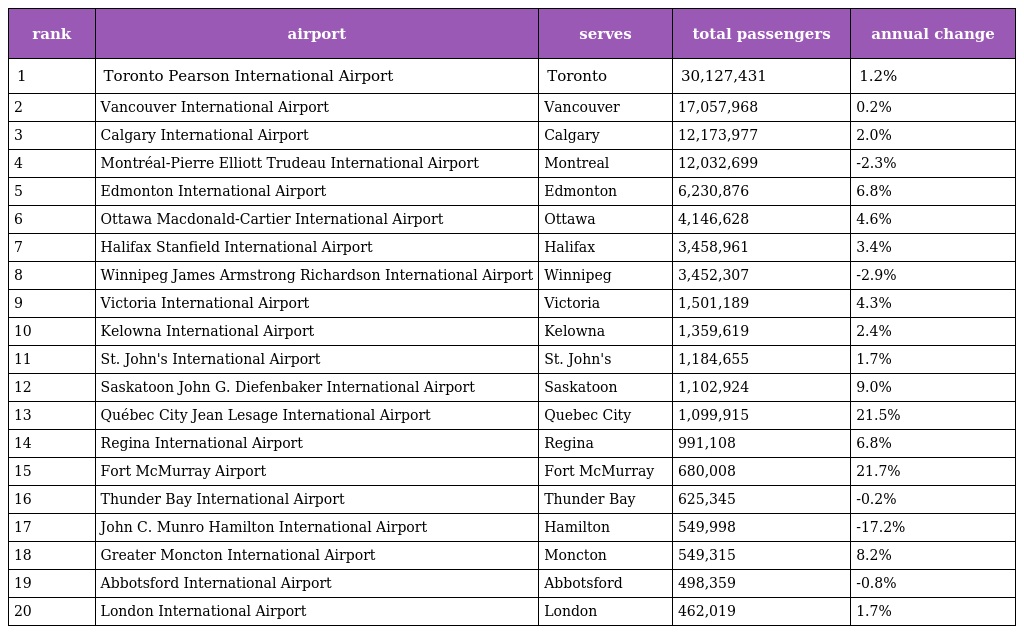
| rank | airport | serves | total passengers | annual change |
 | --- | --- | --- | --- | --- |
 | 1 | Toronto Pearson International Airport | Toronto | 30,127,431 | 1.2% |
 | 2 | Vancouver International Airport | Vancouver | 17,057,968 | 0.2% |
 | 3 | Calgary International Airport | Calgary | 12,173,977 | 2.0% |
 | 4 | Montréal-Pierre Elliott Trudeau International Airport | Montreal | 12,032,699 | -2.3% |
 | 5 | Edmonton International Airport | Edmonton | 6,230,876 | 6.8% |
 | 6 | Ottawa Macdonald-Cartier International Airport | Ottawa | 4,146,628 | 4.6% |
 | 7 | Halifax Stanfield International Airport | Halifax | 3,458,961 | 3.4% |
 | 8 | Winnipeg James Armstrong Richardson International Airport | Winnipeg | 3,452,307 | -2.9% |
 | 9 | Victoria International Airport | Victoria | 1,501,189 | 4.3% |
 | 10 | Kelowna International Airport | Kelowna | 1,359,619 | 2.4% |
 | 11 | St. John's International Airport | St. John's | 1,184,655 | 1.7% |
 | 12 | Saskatoon John G. Diefenbaker International Airport | Saskatoon | 1,102,924 | 9.0% |
 | 13 | Québec City Jean Lesage International Airport | Quebec City | 1,099,915 | 21.5% |
 | 14 | Regina International Airport | Regina | 991,108 | 6.8% |
 | 15 | Fort McMurray Airport | Fort McMurray | 680,008 | 21.7% |
 | 16 | Thunder Bay International Airport | Thunder Bay | 625,345 | -0.2% |
 | 17 | John C. Munro Hamilton International Airport | Hamilton | 549,998 | -17.2% |
 | 18 | Greater Moncton International Airport | Moncton | 549,315 | 8.2% |
 | 19 | Abbotsford International Airport | Abbotsford | 498,359 | -0.8% |
 | 20 | London International Airport | London | 462,019 | 1.7% |